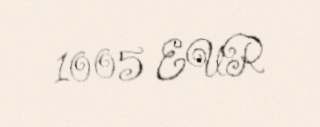
1005 EUR